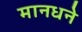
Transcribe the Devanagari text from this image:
मानधने